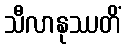
သီလာနုဿတိံ